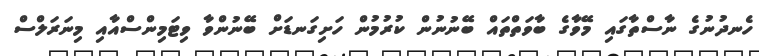
ހެނދުނުގެ ނާސްތާގައި މޭވާގެ ބާވަތްތައް ބޭނުނުން ކުރުމުން ހަށިގަނޑަށް ބޭނުންވާ ވިޓަމިންސްއާއި މިނަރަލްސް